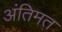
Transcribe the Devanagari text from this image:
अंतिमत